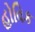
હોવિક